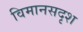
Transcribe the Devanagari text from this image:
विमानसदृश